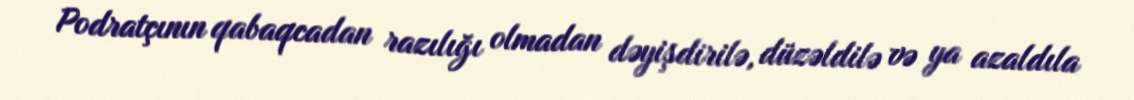
Podratçının qabaqcadan razılığı olmadan dəyişdirilə, düzəldilə və ya azaldıla